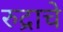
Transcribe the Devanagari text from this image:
रुद्राचे